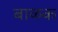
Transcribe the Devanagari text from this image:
बाळक